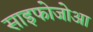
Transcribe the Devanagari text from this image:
साइफोजोआ